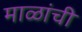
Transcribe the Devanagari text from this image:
माळांची